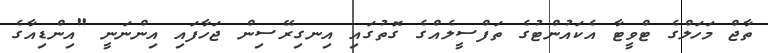
ތާޖް މަހަލްގެ ޓްވީޓާ އެކައުންޓުގެ ތަފްސީލެއްގެ ގޮތުގައި އިނގިރޭސިން ޖަހާފައި އިންނަނީ "އިންޑިއާގެ